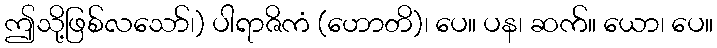
ဤသို့ဖြစ်လသော်၊) ပါရာဇိကံ (ဟောတိ)၊ ပေ။ ပန၊ ဆက်။ ယော၊ ပေ။